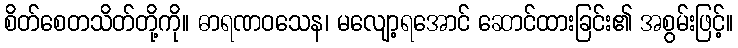
စိတ်စေတသိတ်တို့ကို။ ဓာရဏဝသေန၊ မလျော့ရအောင် ဆောင်ထားခြင်း၏ အစွမ်းဖြင့်။